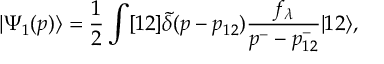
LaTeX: | \Psi _ { 1 } ( p ) \rangle = \frac { 1 } { 2 } \int [ 1 2 ] \tilde { \delta } ( p - p _ { 1 2 } ) \frac { f _ { \lambda } } { p ^ { - } - p _ { 1 2 } ^ { - } } | 1 2 \rangle ,